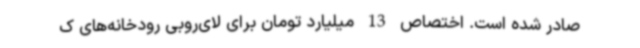
صادر شده است. اختصاص 13 میلیارد تومان برای لای‌روبی رودخانه‌های ک